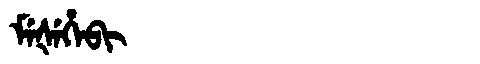
Manchu: ᠮᡝᡧᡝᡥᡝᠪᡳ
Romanization: MEŠEHEBI